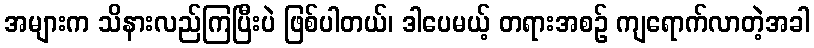
အများက သိနားလည်ကြပြီးပဲ ဖြစ်ပါတယ်၊ ဒါပေမယ့် တရားအစဉ် ကျရောက်လာတဲ့အခါ